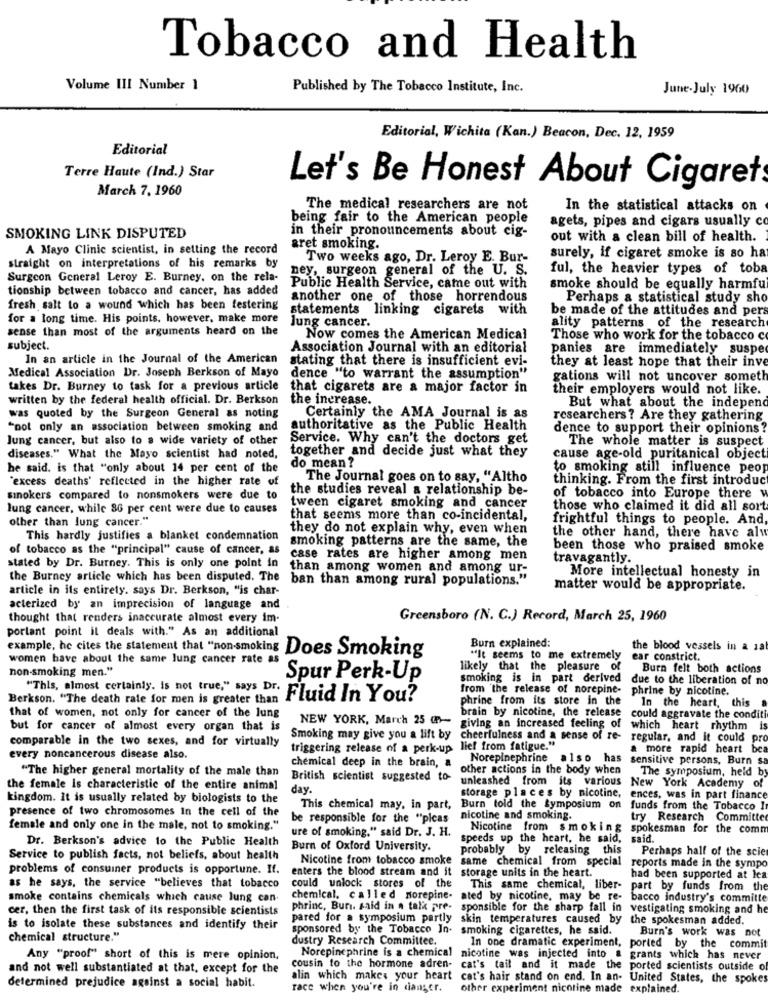
Tobacco and Health
Volume III Number 1
Published by The Tobacco Institute, Inc.
June-July 1960
Editorial, Wichita (Kan.) Beacon, Dec. 12, 1959
Editorial
Terre Haute (Ind.) Star
March 7, 1960
Let's Be Honest About Cigaret
The medical researchers are not
In the statistical attacks on
being fair to the American people
agets, pipes and cigars usually co
in their pronouncements about cig-
SMOKING LINK DISPUTED
out with a clean bill of health.
A Mayo Clinic scientist, in setting the record
aret smoking.
Two weeks ago, Dr. Leroy E. Bur-
surely, if cigaret smoke is so ha
straight on interpretations of his remarks by
ney, surgeon general of the U. S.
ful, the heavier types of toba
Surgeon General Leroy E. Burney. on the rela-
tionship between tobacco and cancer, has added
Public Health Service, came out with
smoke should be equally harmful
another one of those horrendous
Perhaps a statistical study sho
fresh salt to a wound which has been festering
statements linking cigarets with
be made of the attitudes and per
for a long time. His points. however, make more
sense than most of the arguments heard on the
lung cancer.
ality patterns of the research
Now comes the American Medical
Those who work for the tobacco c
subject.
Association Journal with an editorial
panies are immediately suspe
In an article in the Journal of the American
stating that there is insufficient evi-
Medical Association Dr. Joseph Berkson of Mayo
they at least hope that their inve
dence "to warrant the assumption"
gations will not uncover someth
takes Dr. Burney to task for a previous article
that cigarets are a major factor in
their employers would not like.
written by the federal health official. Dr. Berkson
the increase.
But what about the independ
was quoted by the Surgeon General as noting
Certainly the AMA Journal is as
researchers ? Are they gathering
"not only an association between smoking and
authoritative as the Public Health
dence to support their opinions?
Jung cancer, but also to a wide variety of other
Service. Why can't the doctors get
The whole matter is suspect
together and decide just what they
diseases." What the Mayo scientist had noted,
cause age-old puritanical object
he said. is that "only about 14 per cent of the
do mean?
to smoking still influence peop
"excess deaths' reflected in the higher rate of
The Journal goes on to say, "Altho
thinking. From the first introduct
the studies reveal a relationship be-
sinokers compared to nonsmokers were due to
of tobacco into Europe there w
lung cancer, while 86 per cent were due to causes
tween cigaret smoking and cancer
those who claimed it did all sort
other than lung cancer."
that seems more than co-incidental,
frightful things to people. And,
they do not explain why, even when
the other hand, there have alu
This hardly justifies a blanket condemnation
smoking patterns are the same, the
of tobacco as the "principal" cause of cancer, as
been those who praised smoke
case rates are higher among men
travagantly.
stated by Dr. Burney. This is only one point in
than among women and among ur-
the Burney article which has been disputed. The
ban than among rural populations."
More intellectual honesty in
article in its entirety. says Dr. Berkson, "is char-
matter would be appropriate.
acterized by an imprecision of language and
thought that renders inaccurate almost every im-
Greensboro (N. C.) Record, March 25, 1960
portant point il deals with." As an additional
Burn explained:
the blood vessels in a 1a
women have about the same lung cancer rate as
example, he cites the statement that "non-smoking Does Smoking
"It seems to me extremely
ear constrict.
non-smoking men."
likely that the pleasure of
Burn felt both actions
Spur Perk-Up
smoking is in part derived due to the liberation of no
"This, almost certainly. is not true," says Dr.
from the release of norepine-
phrine by nicotine.
Berkson. "The death rate for men is greater than
Fluid In You?
phrine from its store in the
In the heart,
this
brain by nicotine, the release
that of women, not only for cancer of the lung
NEW YORK, March 25 @P --
could aggravate the conditi
but for cancer of almost every organ that is
giving an increased feeling of which heart rhythm is
comparable in the two sexes, and for virtually
Smoking may give you a lift by
cheerfulness and a sense of re-
regular, and it could pro
triggering release of a perk-up lief from fatigue."
& more rapid heart bc
every noncancerous disease also.
Norepinephrine also has sensitive persons, Burn sa
"The higher general mortality of the male than
chemical deep in the brain, a
other actions in the body when
The symposium, held by
British scientist suggested to-
the female is characteristic of the entire animal
day.
unleashed from its various New York Academy of
kingdom. It is usually related by biologists to the
storage places by nicotine, ences, was in part finance
presence of two chromosomes In the cell of the
This chemical may, in part,
Burn told the Symposium on funds from the Tobacco I
be responsible for the "picas
nicotine and smoking.
try Research Committe
female and only one in the male, not to smoking."
Nicotine from smoking spokesman for the comm
Dr. Berkson's advice to the Public Health
ure of smoking," said Dr. J. H.
speeds up the heart, he said, said.
Burn of Oxford University.
probably by releasing this
Perhaps half of the scie
Service to publish facts, not beliefs, about health
Nicotine from tobacco smoke same chemical from special
problems of consuiner products is opportune. If.
enters the blood stream and it
storage units in the heart.
reports made in the sympo
had been supported at lea
as he says, the service "believes that tobacco
could unlock stores of the
This same chemical, liber-
part by funds from the
smoke contains chemicals which cause lung can.
chemical. called norepine. ated by nicotine, may be re- bacco industry's committe
cer, then the first task of its responsible scientists
phrinc, Bur. said in a talk pre-
sponsible for the sharp fall in
vestigating smoking and he
pared for a symposium partly skin temperatures caused by the spokesman added.
is to isolate these substances and identify their
sponsored by the Tobacco In- smoking cigarettes, he said.
Burn's work was not
chemical structure."
dustry Research Committee.
In one dramatic experiment, ported by the commi
Any "proof" short of this is mere opinion,
Norepinephrine is a chemical
nicotine was injected into a grants which has never
and not well substantiated at that, except for the
cousin to the hormone adren-
cat's tail and it made the
ported scientists outside of
alin which makes your heart cat's hair stand on end. In an- United States, the spokes
determined prejudice against a social habit.
race when you're in danger.
other experiment nicotine made explained.